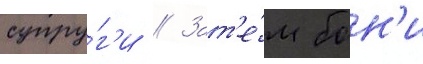
супру́г'и // Зат'е́м бон'и